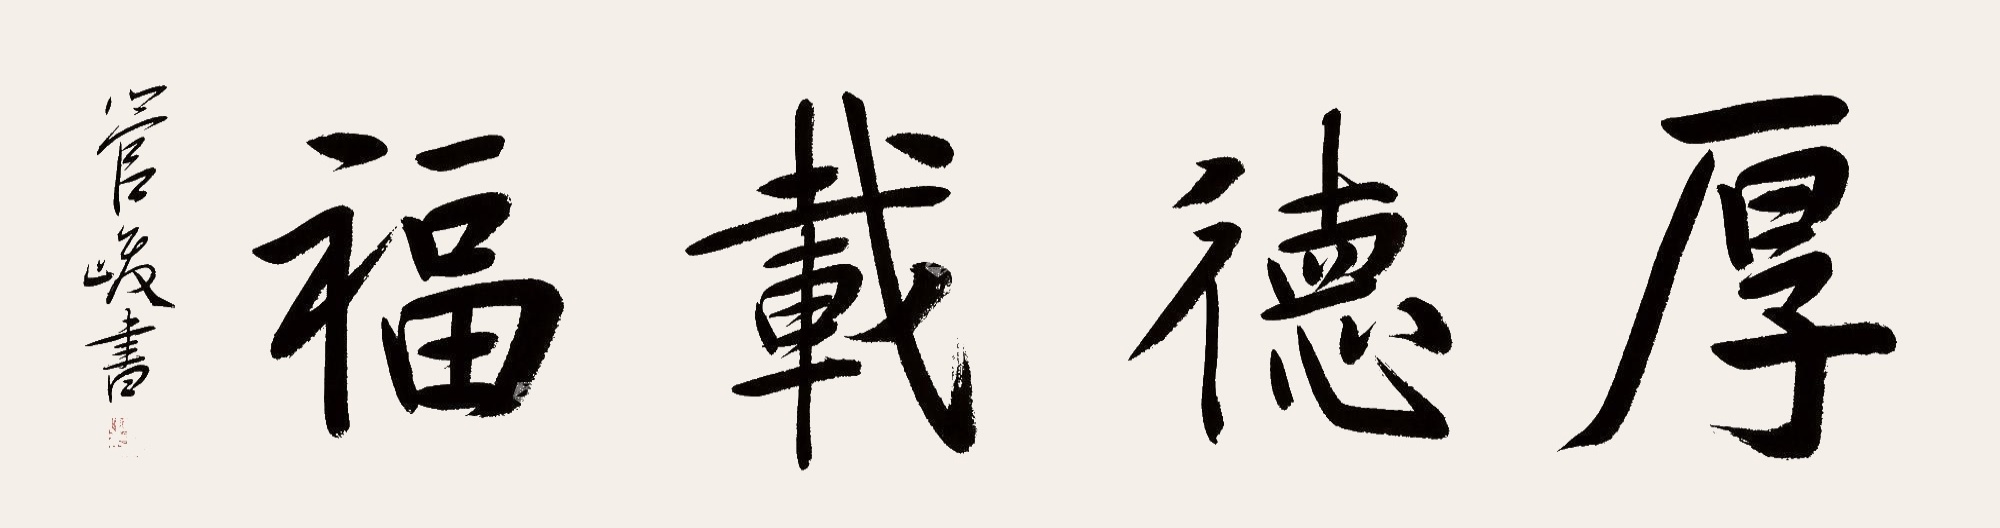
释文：厚德载物管峻书。